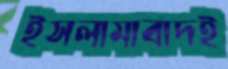
ইসলামাবাদই